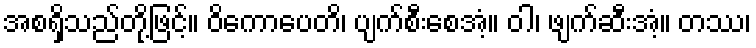
အစရှိသည်တို့ဖြင့်။ ဝိကောပေတိ၊ ပျက်စီးစေအံ့။ ဝါ၊ ဖျက်ဆီးအံ့။ တဿ၊